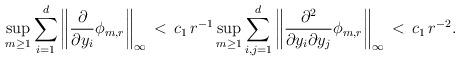
LaTeX: \begin{align*}\sup_{m \ge 1 } \sum^d_{i=1}\left\|\frac{\partial}{\partial y_i} \phi_{m,r}\right\|_\infty \,<\, c_1\, r^{-1} \sup_{m \ge 1 } \sum^d_{i,j=1}\left\|\frac{\partial^2}{\partial y_i\partial y_j} \phi_{m,r}\right\|_\infty \,<\, c_1\, r^{-2}.\end{align*}